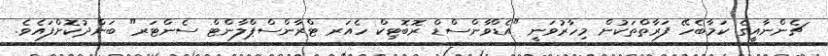
ޗެންނާއީގެ ކަމާބެހޭ ފަރާތްތަކުން މިހާރުވަނީ "އެޑްވާންސްޑް ރޮބޮޓިކް ހެއަރ ޓްރާންސްޕްލާންޓް ސެންޓަރ" ބަންދުކޮށްފައެވެ.